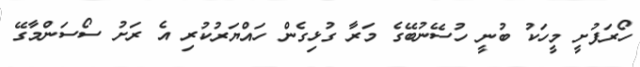
ހޯރަފުށީ މީހަކު ބުނީ ހުސޭނުބޭގެ މަރާ ގުޅިގެން ހައްޔަރުކުރި އެ ރަށު ސޯސަންމާގޭ